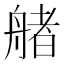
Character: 𦩳